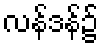
လန်ဒန်၌